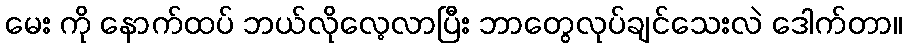
မေး ကို နောက်ထပ် ဘယ်လိုလေ့လာပြီး ဘာတွေလုပ်ချင်သေးလဲ ဒေါက်တာ။